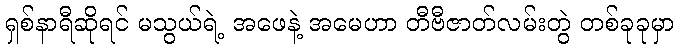
ရှစ်နာရီဆိုရင် မသွယ်ရဲ့ အဖေနဲ့ အမေဟာ တီဗီဇာတ်လမ်းတွဲ တစ်ခုခုမှာ